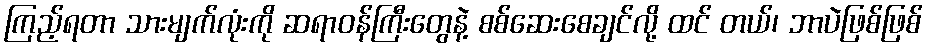
ကြည့်ရတာ သားမျက်လုံးကို ဆရာဝန်ကြီးတွေနဲ့ စစ်ဆေးစေချင်လို့ ထင် တယ်၊ ဘာပဲဖြစ်ဖြစ်